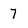
Character: 7